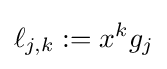
\ell _{j,k}:=x^{k}g_{j}